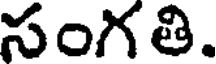
సంగతి.